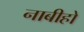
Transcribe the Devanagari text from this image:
नाबीहो